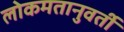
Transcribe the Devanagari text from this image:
लोकमतानुवर्ती